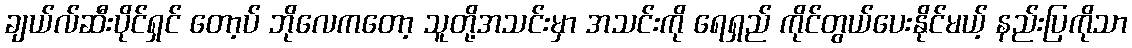
ချယ်လ်ဆီးပိုင်ရှင် တော့ပ် ဘိုလေကတော့ သူတို့အသင်းမှာ အသင်းကို ရေရှည် ကိုင်တွယ်ပေးနိုင်မယ့် နည်းပြကိုသာ